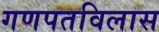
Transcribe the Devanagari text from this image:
गणपतविलास